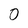
Character: 0